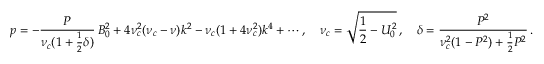
p = - \frac { P } { \nu _ { c } ( 1 + \frac { 1 } { 2 } \delta ) } \, B _ { 0 } ^ { 2 } + 4 \nu _ { c } ^ { 2 } ( \nu _ { c } - \nu ) k ^ { 2 } - \nu _ { c } ( 1 + 4 \nu _ { c } ^ { 2 } ) k ^ { 4 } + \cdots , \quad \nu _ { c } = \sqrt { \frac { 1 } { 2 } - U _ { 0 } ^ { 2 } } \, , \quad \delta = \frac { P ^ { 2 } } { \nu _ { c } ^ { 2 } ( 1 - P ^ { 2 } ) + \frac { 1 } { 2 } P ^ { 2 } } \, .